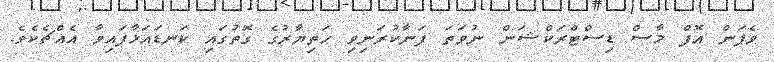
ވެޕަން އޮފް މާސް ޑިސްޓްރަކްޝަން ނުވަތަ ފަނާކުރަނިވި ހަތިޔާރުގެ ގޮތުގައި ކަނޑައަޅާފައިވާ އެއްޗެކެވެ.